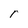
Character: r